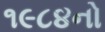
૧૯૮૪નો